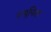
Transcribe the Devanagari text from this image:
ल्युपिटा